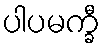
ပါပမက္ခီ